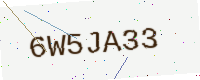
Text: 6W5JA33